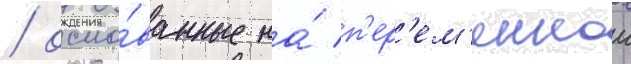
/ осно́ванные на́ п'ер'ем'еннои